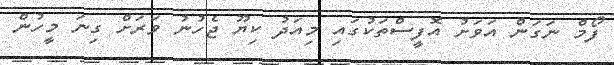
ފޯމް ނަގަން އަވަށު އޮފީސްތަކުގައި މިއަދު ކިޔޫ ޖެހުނު ވަރަށް ގިނަ މީހުން